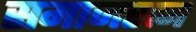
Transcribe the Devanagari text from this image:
समाजरत्न